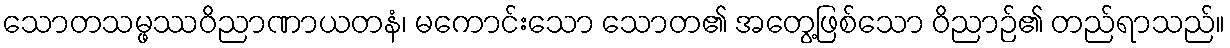
သောတသမ္ဖဿဝိညာဏာယတနံ၊ မကောင်းသော သောတ၏ အတွေ့ဖြစ်သော ဝိညာဉ်၏ တည်ရာသည်။